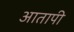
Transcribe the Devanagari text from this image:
आतापी